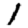
Digit: 1